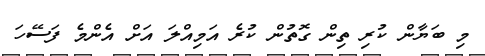
މި ބަޔާން ކުރި ތިން ގޮތުން ކުރެ އަމިއްލަ އަށް އެންމެ ފަސޭހަ